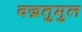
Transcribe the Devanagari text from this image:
वज्रतुमुल